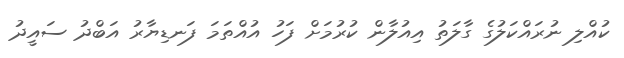
ކުއްލި ނުރައްކަލުގެ ގާލަތު އިއުލާން ކުރުމަށް ފަހު އުއްތަމަ ފަނޑިޔާރު އަބްދު ސައީދު